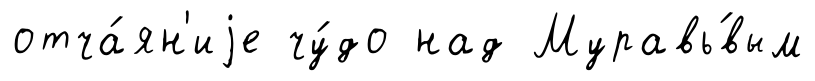
отча́ян'иjе чу́до над Муравь́вым